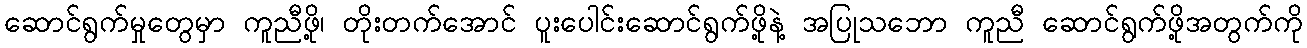
ဆောင်ရွက်မှုတွေမှာ ကူညီဖို့၊ တိုးတက်အောင် ပူးပေါင်းဆောင်ရွက်ဖို့နဲ့ အပြုသဘော ကူညီ ဆောင်ရွက်ဖို့အတွက်ကို